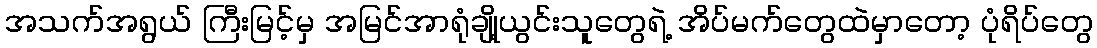
အသက်အရွယ် ကြီးမြင့်မှ အမြင်အာရုံချို့ယွင်းသူတွေရဲ့ အိပ်မက်တွေထဲမှာတော့ ပုံရိပ်တွေ